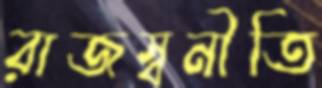
রাজস্বনীতি